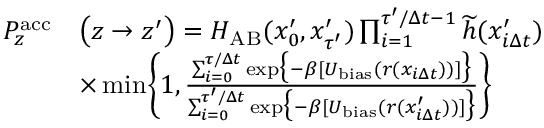
\begin{array} { r l } { P _ { z } ^ { \mathrm { a c c } } } & { \bigl ( z \to z ^ { \prime } \bigr ) = H _ { \mathrm { A B } } ( x _ { 0 } ^ { \prime } , x _ { \tau ^ { \prime } } ^ { \prime } ) \prod _ { i = 1 } ^ { \tau ^ { \prime } / \Delta t - 1 } \widetilde { h } ( x _ { i \Delta t } ^ { \prime } ) } \\ & { \times \operatorname* { m i n } \Biggl \{ 1 , \frac { \sum _ { i = 0 } ^ { \tau / \Delta t } \exp \bigl \{ - \beta [ U _ { \mathrm { b i a s } } ( r ( x _ { i \Delta t } ) ) ] \bigr \} } { \sum _ { i = 0 } ^ { \tau ^ { \prime } / \Delta t } \exp \bigl \{ - \beta [ U _ { \mathrm { b i a s } } ( r ( x _ { i \Delta t } ^ { \prime } ) ) ] \bigr \} } \Biggr \} } \end{array}